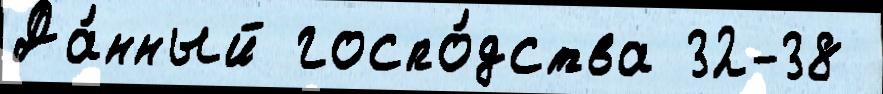
Да́нный госпо́дства 32-38